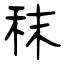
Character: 秣